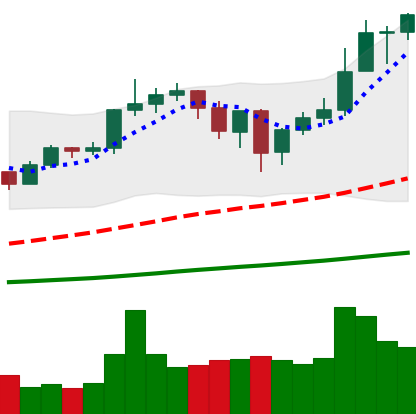
Ticker: ETH-USD
Chart end date: 2020-12-30
Forward return: 38.399%
Label: up_7plus